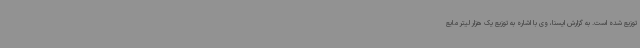
توزیع شده است. به گزارش ایسنا، وی با اشاره به توزیع یک هزار لیتر مایع